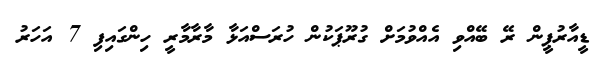
ޑީއާރުޕީން ރޭ ބޭއްވި އެއްވުމަށް ގުރޫޕަކުން ހުރަސްއަޅާ މާރާމާރީ ހިންގައިފި 7 އަހަރު